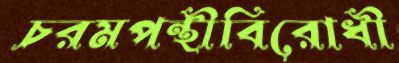
চরমপন্থীবিরোধী